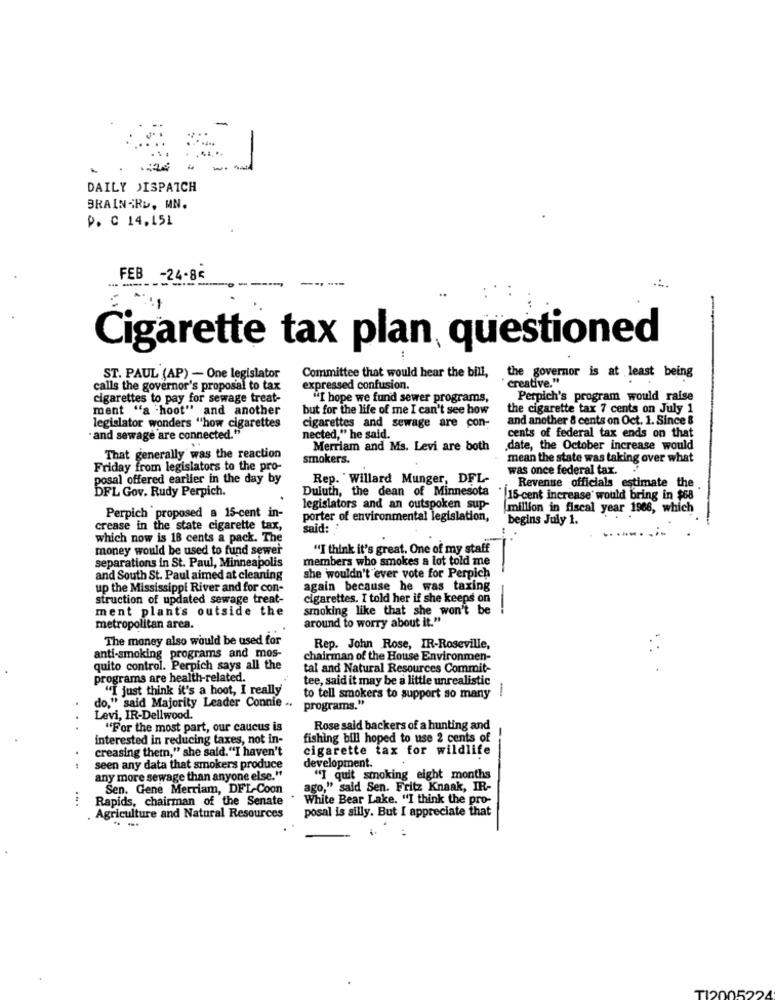
-
DAILY DISPATCH
BRAINARD, MN.
P. C 14,451
FEB -24-86
- ---
Cigarette tax plan, questioned
..
ST. PAUL (AP) - One legislator
Committee that would hear the bill,
creative."
the governor is at least being
calls the governor's proposal to tax
expressed confusion.
cigarettes to pay for sewage treat-
"I hope we fund sewer programs,
Perpich's program would raise
ment "a hoot" and another
but for the life of me I can't see how
the cigarette tax 7 cents on July 1
cigarettes and sewage are con-
and another 8 cents on Oct. 1. Since &
legislator wonders "how cigarettes
"and sewage are connected."
nected," he said.
cents of federal tax ends on that
Merriam and Ms. Levi are both
date, the October increase would
That generally was the reaction
smokers.
mean the state was taking over what
Friday from legislators to the pro-
was once federal tax.
posal offered earlier in the day by
Rep. Willard Munger, DFL-
DFL Gov. Rudy Perpich.
Duluth, the dean of Minnesota
Revenue officials estimate the
/15-cent increase would bring in $68
Perpich proposed a 15-cent in-
legislators and an outspoken sup-
million in fiscal year 1988, which
porter of environmental legislation,
begins July 1.
crease in the state cigarette tax,
said:
which now is 18 cents a pack. The
money would be used to fund sewer
"I think it's great. One of my staff
members who smokes a lot told me
separations in St. Paul, Minneapolis
-
and South St. Paul aimed at cleaning
she wouldn't ever vote for Perpich
up the Mississippi River and for con-
again because he was taxing
struction of updated sewage treat-
cigarettes. I told her if she keeps on
ment plants outside the
smoking like that she won't be
-
around to worry about it."
metropolitan area.
The money also would be used for
Rep. John Rose, IR-Roseville,
anti-smoking programs and mos-
chairman of the House Environmen-
quito control. Perpich says all the
tal and Natural Resources Commit-
programs are health-related.
tee, said it may be a little unrealistic
"I just think it's a hoot, I really
1
to tell smokers to support so many
do," said Majority Leader Connie ..
programs."
Levi, IR-Dellwood.
"For the most part, our caucus is
Rose said backers of a hunting and
interested in reducing taxes, not in-
fishing bill hoped to use 2 cents of
creasing thetn," she said."I haven't
cigarette tax for wildlife
..
seen any data that smokers produce
development.
any more sewage than anyone else."
"I quit smoking eight months
Sen. Gene Merriam, DFL-Coon
ago," said Sen. Fritz Knaak, IR-
Rapids, chairman of the Senate
.
White Bear Lake. "I think the pro-
posal is silly. But I appreciate that
. Agriculture and Natural Resources